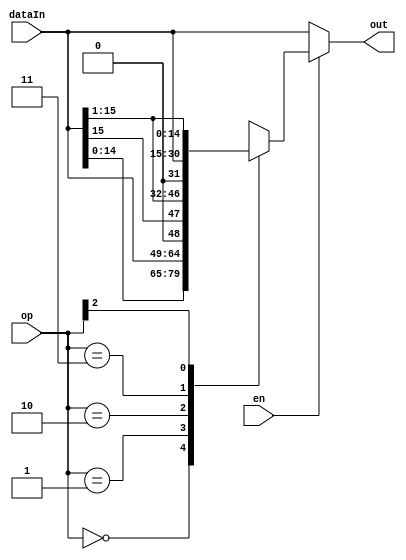
module shift1Bit(en, op, dataIn, out);
    input en;
    input [2:0] op;
    input [15:0] dataIn;
    output [15:0] out;



    // wire lsb, msb;

    reg [15:0] shiftOut;


    // assign lsb = (op[0]) ? 1'b0 : dataIn[15];
    // assign msb = lsb;
    
    // assign shiftVal[0] = (op[1]) ? dataIn[1] : lsb;
    // assign shiftVal[1] = (op[1]) ? dataIn[2] : dataIn[0];
    // assign shiftVal[2] = (op[1]) ? dataIn[3] : dataIn[1];
    // assign shiftVal[3] = (op[1]) ? dataIn[4] : dataIn[2];
    // assign shiftVal[4] = (op[1]) ? dataIn[5] : dataIn[3];
    // assign shiftVal[5] = (op[1]) ? dataIn[6] : dataIn[4];
    // assign shiftVal[6] = (op[1]) ? dataIn[7] : dataIn[5];
    // assign shiftVal[7] = (op[1]) ? dataIn[8] : dataIn[6];
    // assign shiftVal[8] = (op[1]) ? dataIn[9] : dataIn[7];
    // assign shiftVal[9] = (op[1]) ? dataIn[10] : dataIn[8];
    // assign shiftVal[10] = (op[1]) ? dataIn[11] : dataIn[9];
    // assign shiftVal[11] = (op[1]) ? dataIn[12] : dataIn[10];
    // assign shiftVal[12] = (op[1]) ? dataIn[13] : dataIn[11];
    // assign shiftVal[13] = (op[1]) ? dataIn[14] : dataIn[12];
    // assign shiftVal[14] = (op[1]) ? dataIn[15] : dataIn[13];
    // assign shiftVal[15] = (op[1]) ? msb : dataIn[14];

    // assign out  = (en) ? shiftVal : dataIn;
    always@(*) begin
        casex(op)
            3'h0:
                shiftOut = {dataIn[14:0], dataIn[15]};
            3'h1:
                shiftOut = {dataIn[14:0], 1'b0};
            3'h2:
                shiftOut = {dataIn[15], dataIn[15:1]};
            3'h3:
                shiftOut = {1'b0, dataIn[15:1]};
            3'b1xx:
                shiftOut = {dataIn[0], dataIn[15:1]};

            default:
                shiftOut = dataIn;
        endcase
    end

    assign out = (en) ? shiftOut : dataIn;



endmodule